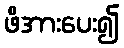
ဖိအားပေး၍